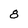
Character: 8